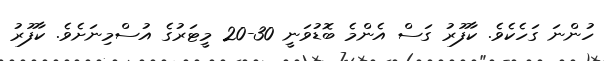
ހުންނަ ގަހެކެވެ. ކާފޫރު ގަސް އެންމެ ބޮޑުވަނީ 30-20 މީޓަރުގެ އުސްމިނަށެވެ. ކާފޫރު